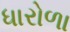
ધારોળા